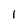
Character: l